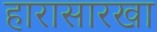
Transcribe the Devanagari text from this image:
हारासारखा